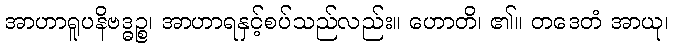
အာဟာရူပနိဗဒ္ဓဉ္စ၊ အာဟာရနှင့်စပ်သည်လည်း။ ဟောတိ၊ ၏။ တဒေတံ အာယု၊